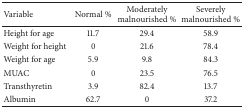
<table><thead><tr><td><b>Variable</b></td><td><b>Normal %</b></td><td><b>Moderately malnourished %</b></td><td><b>Severely malnourished %</b></td></tr></thead><tbody><tr><td>Height for age</td><td>11.7</td><td>29.4</td><td>58.9</td></tr><tr><td>Weight for height</td><td>0</td><td>21.6</td><td>78.4</td></tr><tr><td>Weight for age</td><td>5.9</td><td>9.8</td><td>84.3</td></tr><tr><td>MUAC</td><td>0</td><td>23.5</td><td>76.5</td></tr><tr><td>Transthyretin</td><td>3.9</td><td>82.4</td><td>13.7</td></tr><tr><td>Albumin</td><td>62.7</td><td>0</td><td>37.2</td></tr></tbody></table>